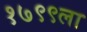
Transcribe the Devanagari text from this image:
१७९९ला